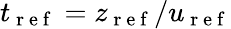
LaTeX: t_{\mathrm{~r~e~f~}}=z_{\mathrm{~r~e~f~}}/u_{\mathrm{~r~e~f~}}